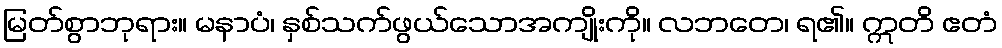
မြတ်စွာဘုရား။ မနာပံ၊ နှစ်သက်ဖွယ်သောအကျိုးကို။ လဘတေ၊ ရ၏။ ဣတိ ဧတံ